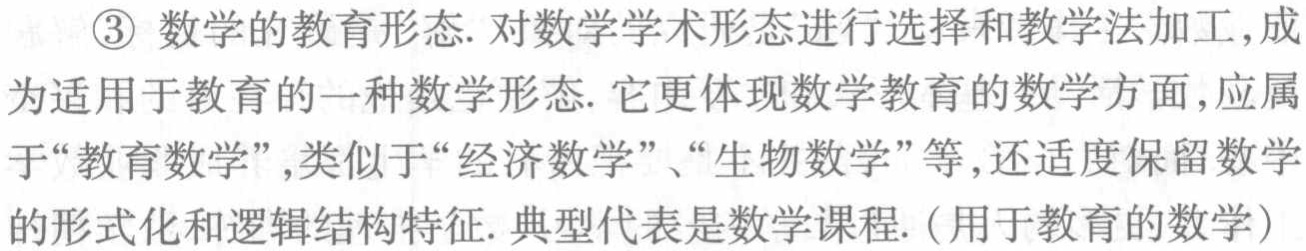
\textcircled{3} 数学的教育形态. 对数学学术形态进行选择和教学法加工，成为适用于教育的一种数学形态. 它更体现数学教育的数学方面，应属于“教育数学”，类似于“经济数学”、“生物数学”等，还适度保留数学的形式化和逻辑结构特征. 典型代表是数学课程.（用于教育的数学）